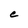
Character: C